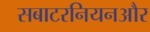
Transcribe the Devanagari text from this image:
सबाटरनियनऔर